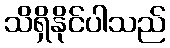
သိရှိနိုင်ပါသည်